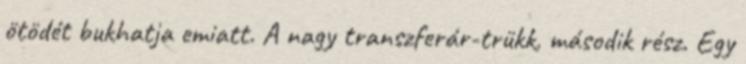
ötödét bukhatja emiatt. A nagy transzferár-trükk, második rész. Egy